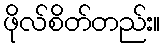
ဖိုလ်စိတ်တည်း။